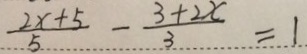
\frac { 2 x + 5 } { 5 } - \frac { 3 + 2 x } { 3 } = 1